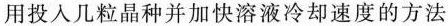
用投入几粒晶种并加快溶液冷却速度的方法